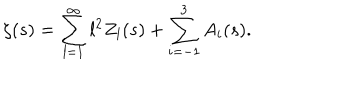
\zeta ( s ) = \sum _ { l = 1 } ^ { \infty } l ^ { 2 } Z _ { l } ( s ) + \sum _ { i = - 1 } ^ { 3 } A _ { i } ( s ) .